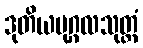
ဒုတိယပုဂ္ဂလသုတ္တံ